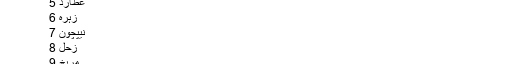
کوکب عدد
یورانس 4
عطارد 5
زہرہ 6
نیپچون 7
زحل 8
مریخ 9
پلوٹو 0
اب ہم ایک مثال سے اس بات کو سمجھیں گے کہ خوش قسمتی کے نمبروں کا استخراج کیسے کیا جاتا ہے۔